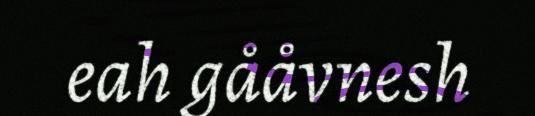
eah gååvnesh